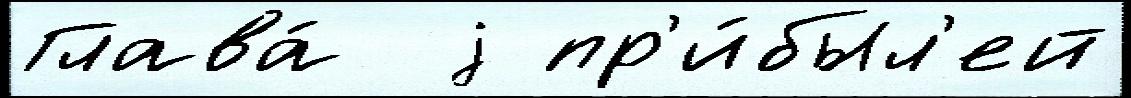
Глава́  j пр'и́был'ей